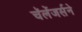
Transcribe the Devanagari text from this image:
चॅलेंजर्सने